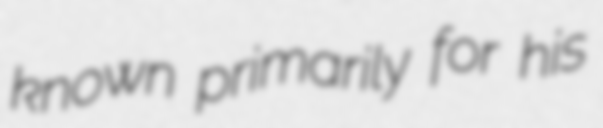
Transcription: known primarily for his